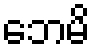
ဘေမိ